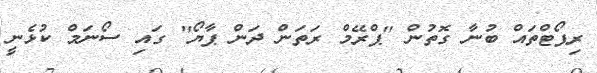
ރިޕޯޓްތައް ބުނާ ގޮތުން ''ޕްރޭމް ރަތަން ދަން ޕާޔޯ'' ގައި ސޯނަމް ކުޅެނީ